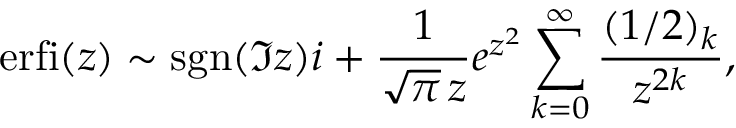
\operatorname { e r f i } ( z ) \sim \operatorname { s g n } ( \Im z ) i + \frac { 1 } { \sqrt \pi \, z } e ^ { z ^ { 2 } } \sum _ { k = 0 } ^ { \infty } \frac { ( 1 / 2 ) _ { k } } { z ^ { 2 k } } ,